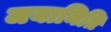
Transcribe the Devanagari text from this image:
जयामिति